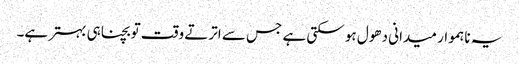
یہ ناہموار میدانی دھول ہو سکتی ہے جس سے اترتے وقت تو بچنا ہی بہتر ہے۔